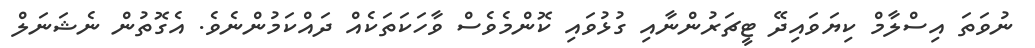
ނުވަތަ އިސްލާމް ކިޔަވައިދޭ ޓީޗަރުންނާއި ގުޅުވައި ކޮންމެވެސް ވާހަކަތަކެއް ދައްކަމުންނެވެ. އެގޮތުން ނެޝަނަލް